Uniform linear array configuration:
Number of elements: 64
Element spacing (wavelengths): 0.75
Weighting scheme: hann
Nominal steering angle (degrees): -60
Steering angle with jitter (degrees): -59.031
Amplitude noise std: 0.05
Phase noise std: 0.05

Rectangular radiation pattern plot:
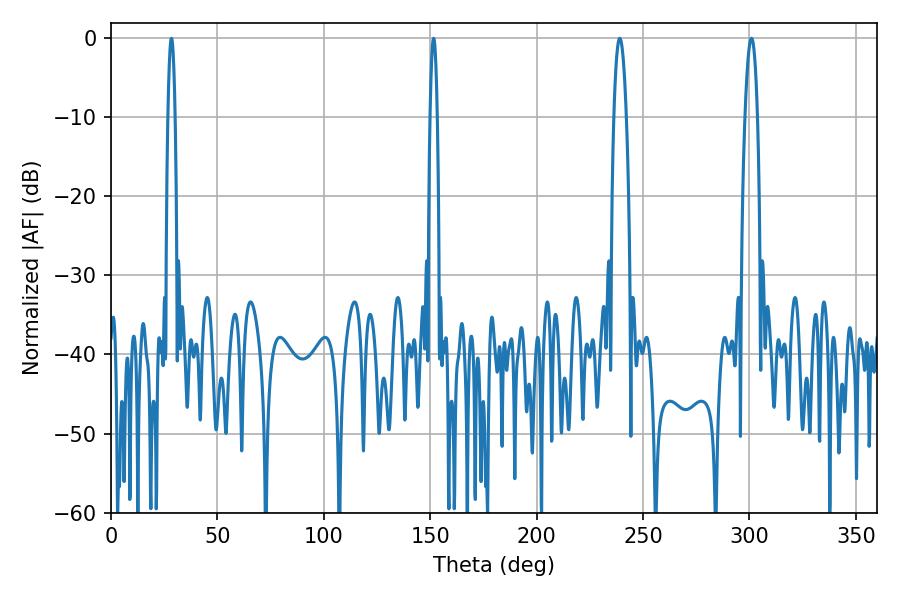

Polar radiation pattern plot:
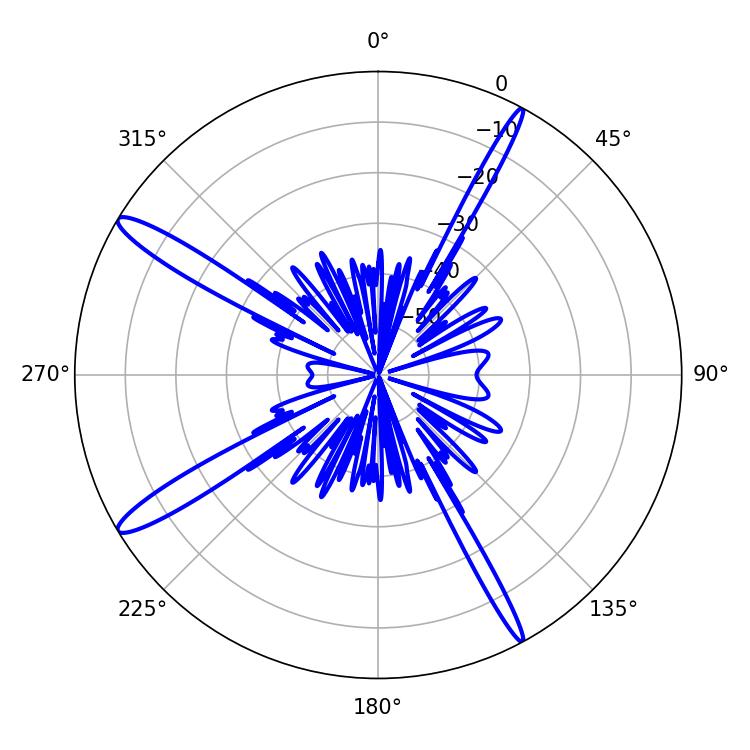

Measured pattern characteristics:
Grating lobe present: TRUE
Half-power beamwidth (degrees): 3.24
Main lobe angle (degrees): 300.96